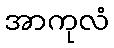
အာကုလံ